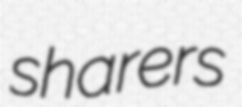
sharers